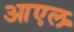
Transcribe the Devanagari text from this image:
आएल